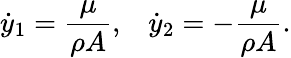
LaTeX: \dot{y}_{1}=\frac{\mu}{\rho A},\; \; \; \dot{y}_{2}=-\frac{\mu}{\rho A}.